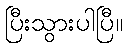
ပြီးသွားပါပြီ။